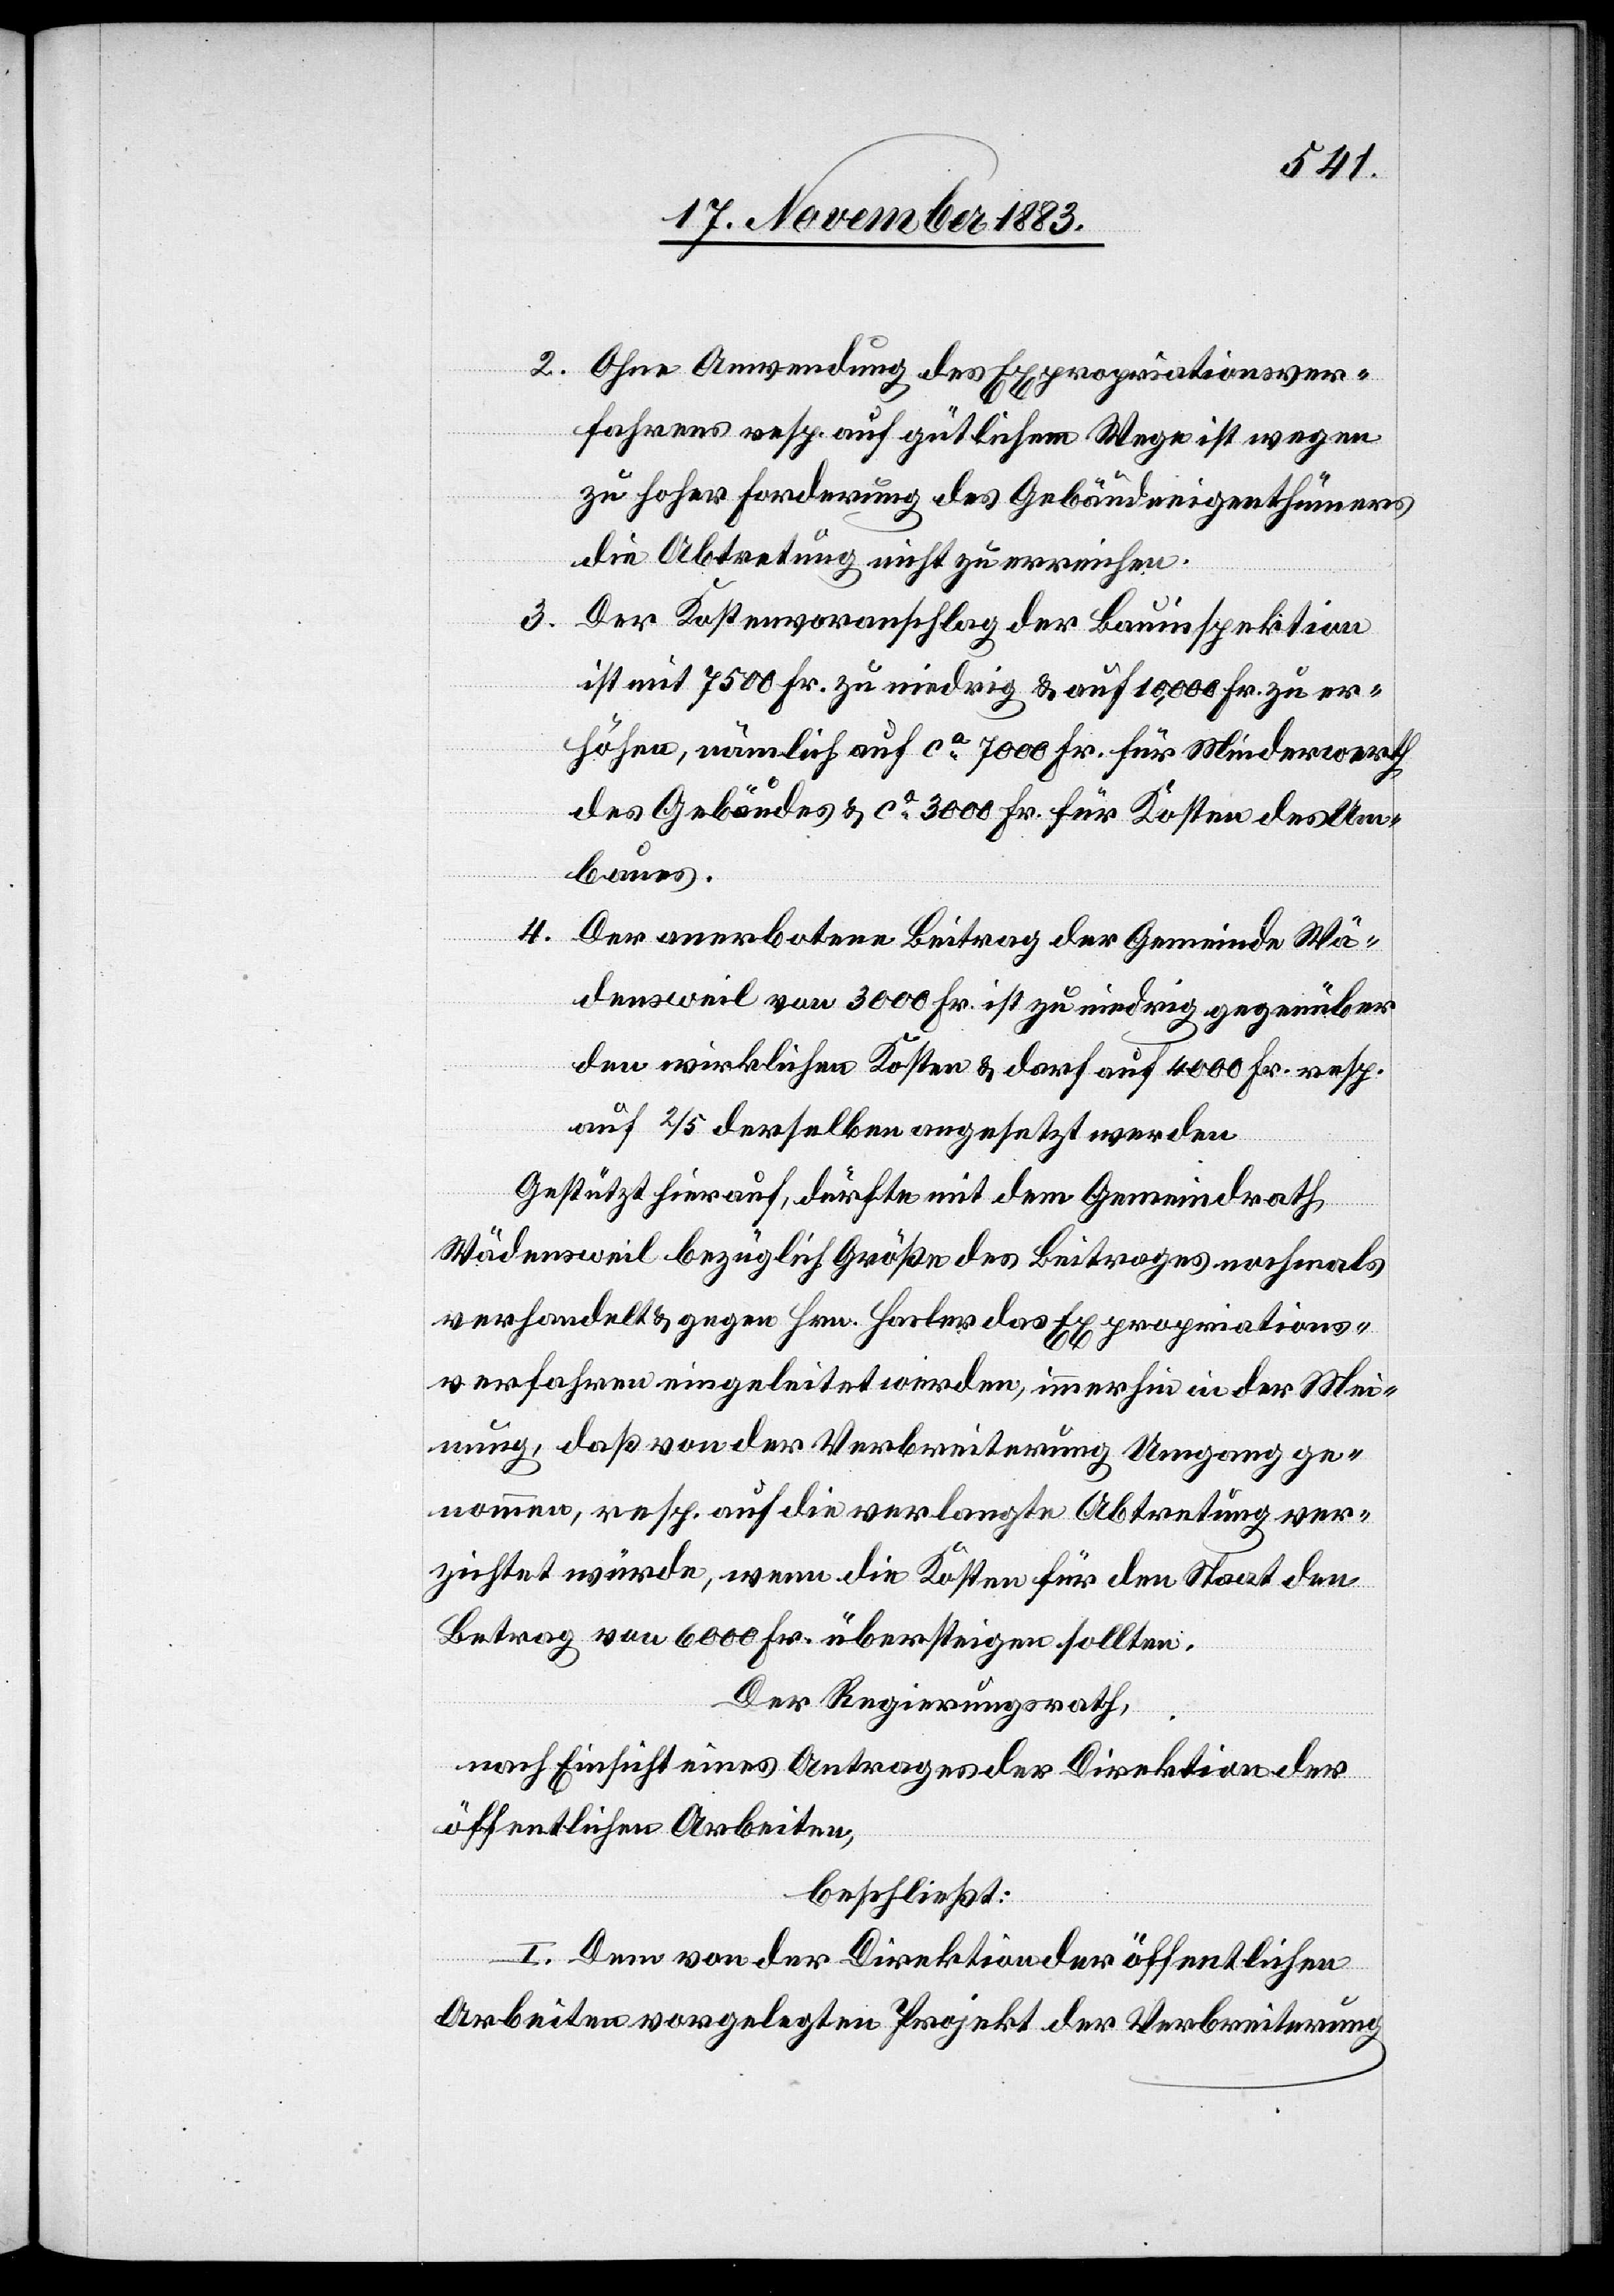
2. Ohne Anwendung des Expropriationsver¬
fahrens resp. auf gütlichem Wege ist wegen
zu hoher Forderung des Gebäudeeigenthümers
die Abtretung nicht zu erreichen.
3. Der Kostenvoranschlag der Bauinspektion
ist mit 7500 Fr. zu niedrig & auf 10,000 Fr. zu er¬
höhen, nämlich auf ca 7000 Fr. für Minderwerth
des Gebäudes & ca 3000 Fr. für Kosten des Um¬
baues.
4. Der anerbotene Beitrag der Gemeinde Wä¬
densweil von 3000 Fr. ist zu niedrig gegenüber
den wirklichen Kosten & darf auf 4000 Fr. resp.
auf 2/5 derselben angesetzt werden.
Gestützt hierauf, dürfte mit dem Gemeindrath
Wädensweil bezüglich Größe des Beitrages nochmals
verhandelt & gegen Hrn. Hasler das Expropriations¬
verfahren eingeleitet werden, immerhin in der Mei¬
nung, daß von der Verbreiterung Umgang ge¬
nommen, resp. auf die verlangte Abtretung ver¬
zichtet würde, wenn die Kosten für den Staat den
Betrag von 6000 Fr. übersteigen sollten.
Der Regierungsrath,
nach Einsicht eines Antrages der Direktion der
öffentlichen Arbeiten,
beschließt:
I. Dem von der Direktion der öffentlichen
Arbeiten vorgelegten Projekt der Verbreiterung